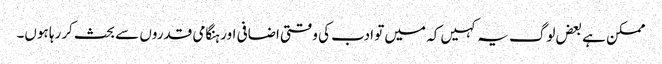
ممکن ہے بعض لوگ یہ کہیں کہ میں تو ادب کی وقتی اضافی اور ہنگامی قدروں سے بحث کررہا ہوں۔